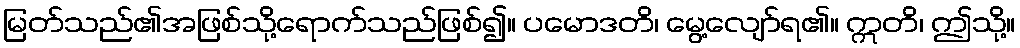
မြတ်သည်၏အဖြစ်သို့ရောက်သည်ဖြစ်၍။ ပမောဒတိ၊ မွေ့လျော်ရ၏။ ဣတိ၊ ဤသို့။